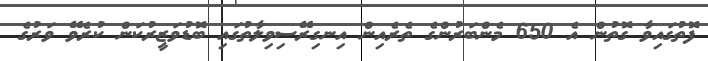
ފޮތުގައިވާ ގޮތުން އެ 650 މެންބަރުންގެ ތެރެއިން އިނގިރޭސިވިލާތުގައި ބޮޑުވަޒީރުކަން ކުރެވޭ ވަރުގެ